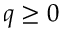
q \geq 0